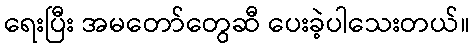
ရေးပြီး အမတော်တွေဆီ ပေးခဲ့ပါသေးတယ်။